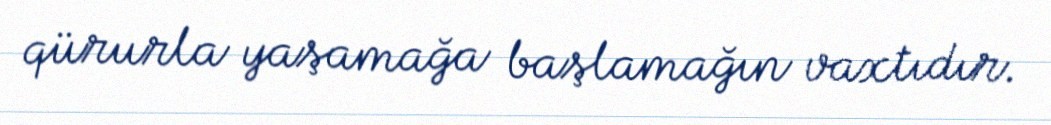
qürurla yaşamağa başlamağın vaxtıdır.